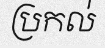
ប្រកល់